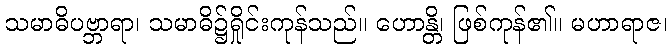
သမာဓိပဗ္ဘာရာ၊ သမာဓိ၌ရှိုင်းကုန်သည်။ ဟောန္တိ၊ ဖြစ်ကုန်၏။ မဟာရာဇ၊